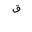
Letter: _qaf